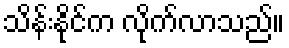
သိန်းနိုင်က လိုက်လာသည်။